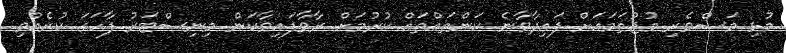
މުޅި މަސްވެރި މުޖުތަމައަށް ފައިދާވާނެ ކަންތައްތައް ކުރުމަށް ރާވާފައިވާކަން މިނިސްޓަރު ފާހަގަ ކުރެއްވި